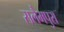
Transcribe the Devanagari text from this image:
सलैमपुरा